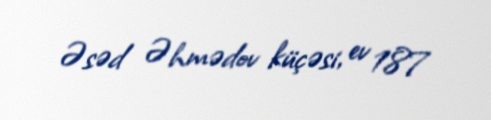
Əsəd Əhmədov küçəsi, ev 187